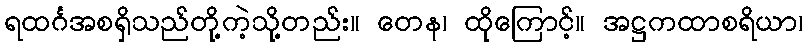
ရထင်္ဂအစရှိသည်တို့ကဲ့သို့တည်း။ တေန၊ ထိုကြောင့်။ အဋ္ဌကထာစရိယာ၊